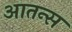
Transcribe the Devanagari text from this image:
आतन्स